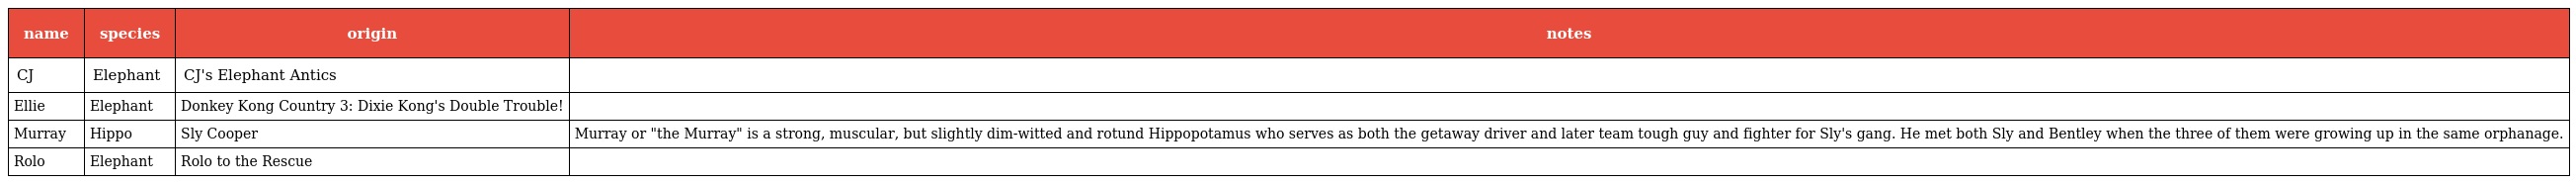
| name | species | origin | notes |
 | --- | --- | --- | --- |
 | CJ | Elephant | CJ's Elephant Antics |  |
 | Ellie | Elephant | Donkey Kong Country 3: Dixie Kong's Double Trouble! |  |
 | Murray | Hippo | Sly Cooper | Murray or "the Murray" is a strong, muscular, but slightly dim-witted and rotund Hippopotamus who serves as both the getaway driver and later team tough guy and fighter for Sly's gang. He met both Sly and Bentley when the three of them were growing up in the same orphanage. |
 | Rolo | Elephant | Rolo to the Rescue |  |